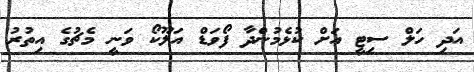
އަދި ހަލް ސިޓީ އަށް ކުޅެމުންދާ ފޯވަޑް އަލޫކޯ ވަނީ މެޗުގެ އިތުރު